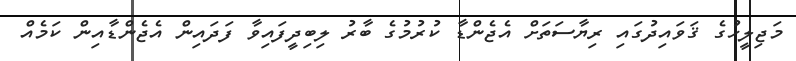
މަޖިލީހުގެ ޤަވައިދުގައި ރިޔާސަތަށް އެޖެންޑާ ކުރުމުގެ ބާރު ލިބިދީފައިވާ ފަދައިން އެޖެންޑާއިން ކަމެއް